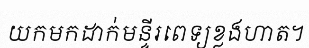
យកមកដាក់មន្ទីរពេទ្យខ្លងហាត។